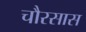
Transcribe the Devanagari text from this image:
चौरसास